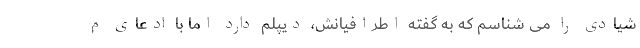
شیادی را می شناسم که به گفته اطرافیانش، دیپلم دارد اما با ادعای م